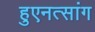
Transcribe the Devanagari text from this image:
हुएनत्सांग